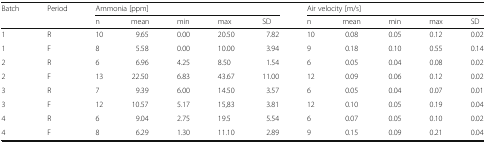
| <ROWSPAN=2> Batch | <ROWSPAN=2> Period | <COLSPAN=5> Ammonia [ppm] | <COLSPAN=5> Air velocity [m/s] |
 | n | mean | min | max | SD | n | mean | min | max | SD |
 | --- | --- | --- | --- | --- | --- | --- | --- | --- | --- | --- | --- |
 | 1 | R | 10 | 9.65 | 0.00 | 20.50 | 7.82 | 10 | 0.08 | 0.05 | 0.12 | 0.02 |
 | 1 | F | 8 | 5.58 | 0.00 | 10.00 | 3.94 | 9 | 0.18 | 0.10 | 0.55 | 0.14 |
 | 2 | R | 6 | 6.96 | 4.25 | 8.50 | 1.54 | 6 | 0.05 | 0.04 | 0.08 | 0.02 |
 | 2 | F | 13 | 22.50 | 6.83 | 43.67 | 11.00 | 12 | 0.09 | 0.06 | 0.12 | 0.02 |
 | 3 | R | 7 | 9.39 | 6.00 | 14.50 | 3.57 | 6 | 0.05 | 0.04 | 0.07 | 0.01 |
 | 3 | F | 12 | 10.57 | 5.17 | 15,83 | 3.81 | 12 | 0.10 | 0.05 | 0.19 | 0.04 |
 | 4 | R | 6 | 9.04 | 2.75 | 19.5 | 5.54 | 6 | 0.07 | 0.05 | 0.10 | 0.02 |
 | 4 | F | 8 | 6.29 | 1.30 | 11.10 | 2.89 | 9 | 0.15 | 0.09 | 0.21 | 0.04 |